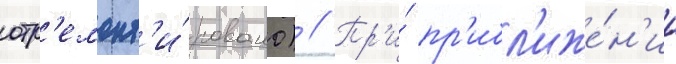
отр'емонт'и́ровано) // Пр'и́ пр'ибл'иже́н'ии